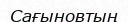
Сағыновтың